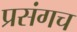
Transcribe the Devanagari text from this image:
प्रसंगच